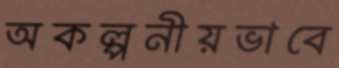
অকল্পনীয়ভাবে